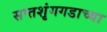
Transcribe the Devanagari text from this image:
सप्तशृंगगडाच्या